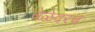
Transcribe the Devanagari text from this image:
वेळेवरच